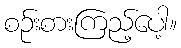
စဉ်းစားကြည့်ပေါ့။